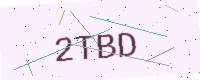
Text: 2TBD